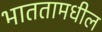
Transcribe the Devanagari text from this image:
भाततामधील